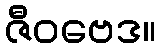
ဇီဝဗေဒ။